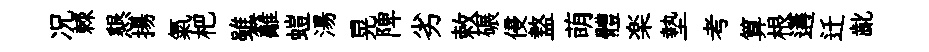
况棘懇揚氣杷雖籬螘湯晃陴劣敕碾侵盩萌體楽墊考算根遘迁齔